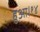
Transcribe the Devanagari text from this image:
हुआ।१४